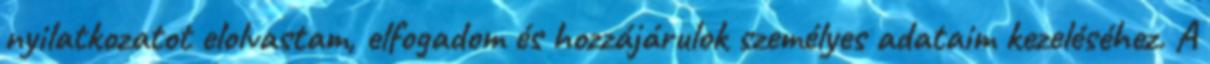
nyilatkozatot elolvastam, elfogadom és hozzájárulok személyes adataim kezeléséhez. A